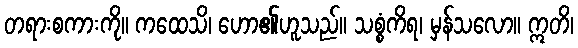
တရားစကားကို။ ကထေသိ၊ ဟော၏ဟူသည်။ သစ္စံကိရ၊ မှန်သလော။ ဣတိ၊